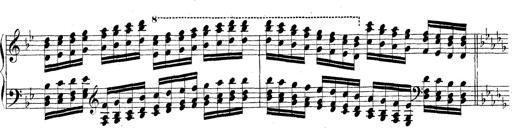
Title: Technische Studien
Composer: Franz Liszt